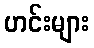
ဟင်းများ